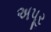
અપૂર